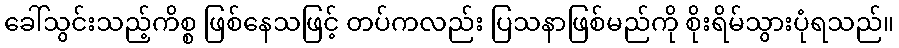
ခေါ်သွင်းသည့်ကိစ္စ ဖြစ်နေသဖြင့် တပ်ကလည်း ပြသနာဖြစ်မည်ကို စိုးရိမ်သွားပုံရသည်။